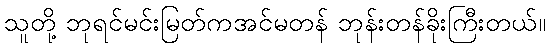
သူတို့ ဘုရင်မင်းမြတ်ကအင်မတန် ဘုန်းတန်ခိုးကြီးတယ်။